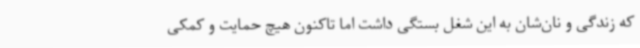
که زندگی و نان‌شان به این شغل بستگی داشت اما تاکنون هیچ حمایت و کمکی